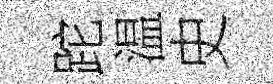
跎温史